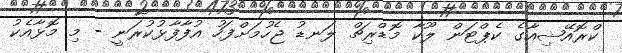
ކްރޮއޭޝިއާގެ ކެޕްޓަން ލޫކާ މޮޑްރިޗް ލަނޑު ޖެހުމަށްފަހު އުފާފާޅުކުރަނީ - މި މޮޅާއެކު